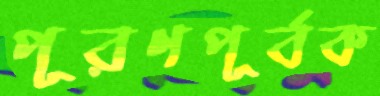
পূরণপূর্বক